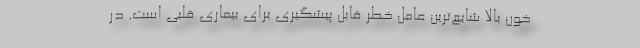
خون بالا شایع‌ترین عامل خطر قابل پیشگیری برای بیماری قلبی است. در